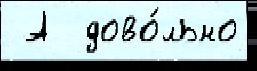
 А  дово́льно